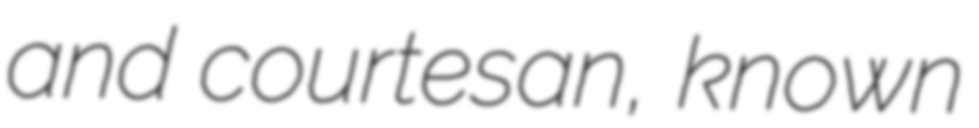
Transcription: and courtesan, known